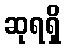
ဆုရရှိ